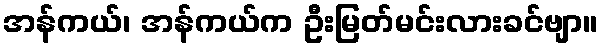
အန်ကယ်၊ အန်ကယ်က ဦးမြတ်မင်းလားခင်ဗျာ။